Madras plague regulations in force outside the Presidency town - Volume 4
Disease focus: Plague
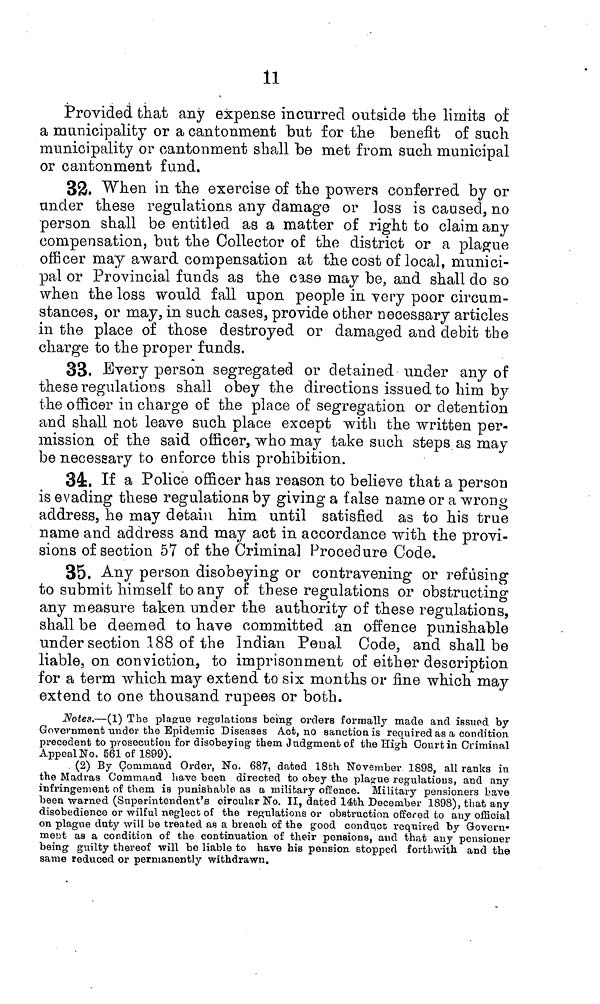
11
Provided that any expense incurred outside the limits of
a municipality or a cantonment but for the benefit of such
municipality or cantonment shall be met from such municipal
or cantonment fund.
32. When in the exercise of the powers conferred by or
under these regulations any damage or loss is caused, no
person shall be entitled as a matter of right to claim any
compensation, but the Collector of the district or a plague
officer may award compensation at the cost of local, munici-
pal or Provincial funds as the case may be, and shall do so
when the loss would fall upon people in very poor circum-
stances, or may, in such cases, provide other necessary articles
in the place of those destroyed or damaged and debit the
charge to the proper funds.
33. Every person segregated or detained under any of
these regulations shall obey the directions issued to him by
the officer in charge of the place of segregation or detention
and shall not leave such place except with the written per-
mission of the said officer, who may take such steps as may-
be necessary to enforce this prohibition.
34. If a Police officer has reason to believe that a person
is evading these regulations by giving a false name or a wrong
address, he may detain him until satisfied as to his true
name and address and may act in accordance with the provi-
sions of section 57 of the Criminal Procedure Code.
35. Any person disobeying or contravening or refusing
to submit himself to any of these regulations or obstructing
any measure taken under the authority of these regulations,
shall be deemed to have committed an offence punishable
under section 188 of the Indian Penal Code, and shall be
liable, on conviction, to imprisonment of either description
for a term which may extend to six months or fine which may
extend to one thousand rupees or both.
Notes.—(1) The plague regulations being orders formally made and issued by
Government under the Epidemic Diseases Act, no sanction is required as a condition
precedent to prosecution for disobeying them Judgment of the High Court in Criminal
Appeal No. 561 of 1899).
(2) By Command Order, No. 687, dated 18th November 1898, all ranks in
the Madras Command have been directed to obey the plague regulations, and any
infi'ingement of them is punishable as a milibary offence. Military pensioners Lave
been warned (Superintendent's circular No. II, dated 14th December 1898), that any
disobedience or wilful neglect of the regulations or obstruction offered to any official
on plague duty will be treated as a breach of the good conduct required by Govern-
ment aa a condition of the continuation of their pensions, and that any pensioner
being guilty thereof will be liable to have his pension stopped forthwith and the
same reduced or permanently withdrawn.